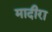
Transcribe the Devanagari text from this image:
मादीरा